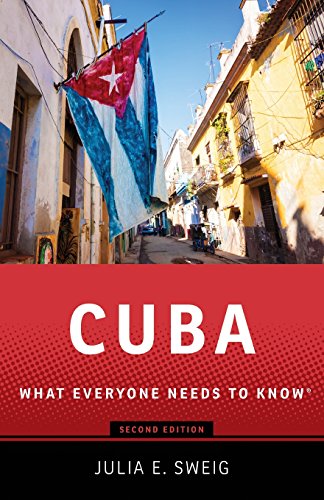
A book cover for Cuba: What Everyone Needs to KnowÂ®, Second Edition; Julia E. Sweig; Law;